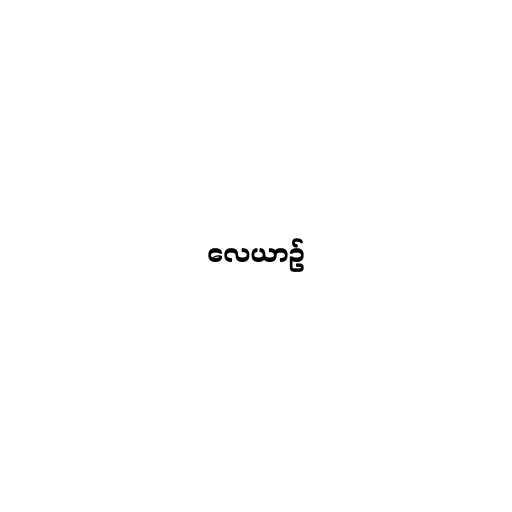
လေယာဉ်